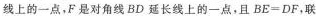
线上的一点，F是对角线BD延长线上的一点，且$$B E = D F$$，联